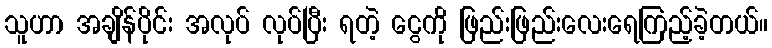
သူဟာ အချိန်ပိုင်း အလုပ် လုပ်ပြီး ရတဲ့ ငွေကို ဖြည်းဖြည်းလေးရေကြည့်ခဲ့တယ်။